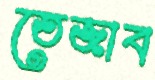
তেজাব